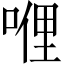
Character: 𠸨